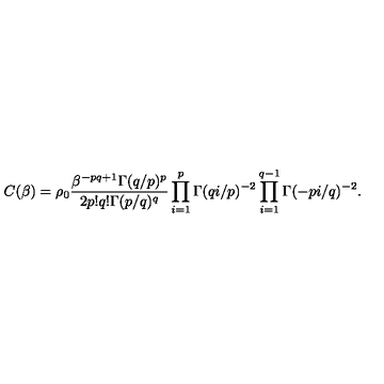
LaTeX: C ( \beta ) = \rho _ { 0 } \frac { \beta ^ { - p q + 1 } \Gamma ( q / p ) ^ { p } } { 2 p ! q ! \Gamma ( p / q ) ^ { q } } \prod _ { i = 1 } ^ { p } \Gamma ( q i / p ) ^ { - 2 } \prod _ { i = 1 } ^ { q - 1 } \Gamma ( - p i / q ) ^ { - 2 } .